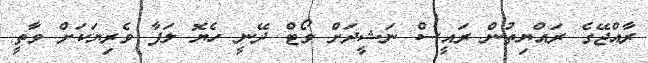
ރާއްޖޭގެ ރައްޔިތުން ރައީސް ނަޝީދަށް ވޯޓް ދޭނީ ހެޔޮ ލަފާ ވެރިޔަކަށް ވާތީ